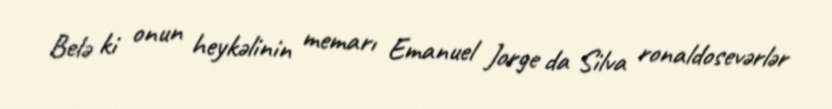
Belə ki onun heykəlinin memarı Emanuel Jorge da Silva ronaldosevərlər